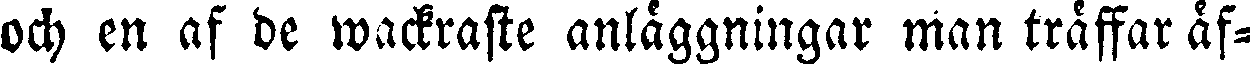
och en af de wackraste anläggningar Man träffar äf-